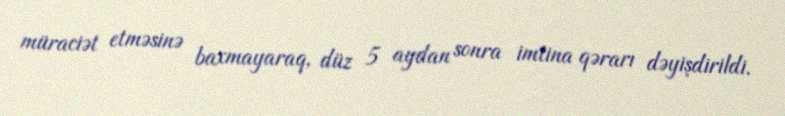
müraciət etməsinə baxmayaraq, düz 5 aydan sonra imtina qərarı dəyişdirildi.